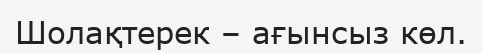
Шолақтерек – ағынсыз көл.